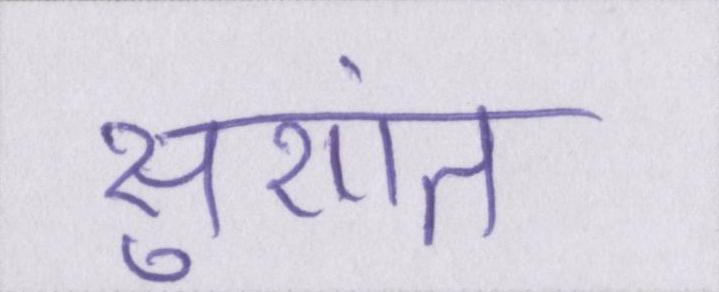
सुशांत